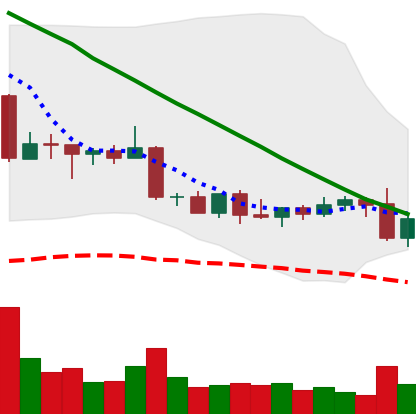
Ticker: DOGE-USD
Chart end date: 2022-09-07
Forward return: 4.584%
Label: up_3_5